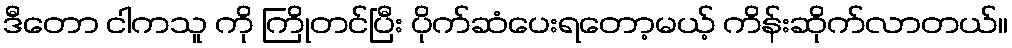
ဒီတော ငါကသူ ကို ကြိုတင်ပြီး ပိုက်ဆံပေးရတော့မယ့် ကိန်းဆိုက်လာတယ်။